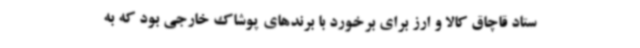
ستاد قاچاق کالا و ارز برای برخورد با برندهای پوشاک خارجی بود که به